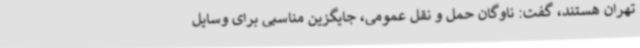
تهران هستند، گفت: ناوگان حمل و نقل عمومی، جایگزین مناسبی برای وسایل